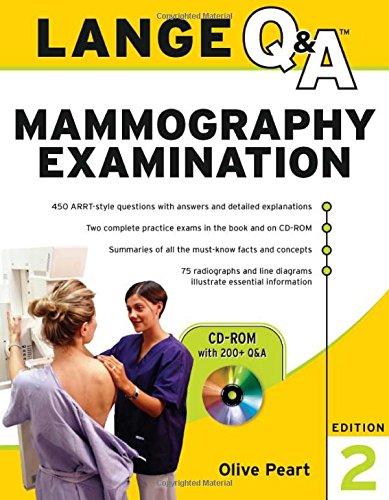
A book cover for Lange Q&A: Mammography Examination, Second Edition (LANGE Q&A Allied Health); Olive Peart; Health, Fitness & Dieting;